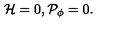
{ \cal H } = 0 , { \cal P } _ { \phi } = 0 .